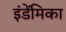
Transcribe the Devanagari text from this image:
इंडेंमिका